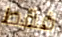
فقط